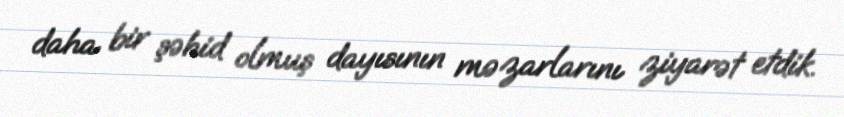
daha bir şəhid olmuş dayısının məzarlarını ziyarət etdik.